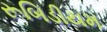
રૂબિડીયમ